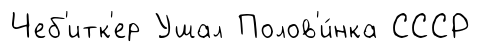
Чеб'итк'ер Ушал Полов'и́нка СССР